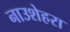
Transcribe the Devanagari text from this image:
नाउशेहरा